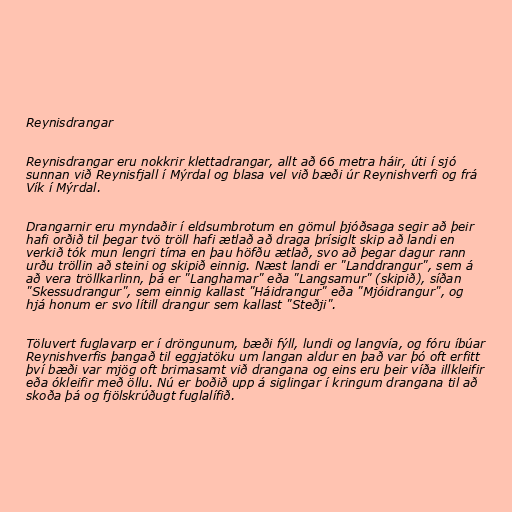
Reynisdrangar

Reynisdrangar eru nokkrir klettadrangar, allt að 66 metra háir, úti í sjó
sunnan við Reynisfjall í Mýrdal og blasa vel við bæði úr Reynishverfi og frá
Vík í Mýrdal.

Drangarnir eru myndaðir í eldsumbrotum en gömul þjóðsaga segir að þeir
hafi orðið til þegar tvö tröll hafi ætlað að draga þrísiglt skip að landi en
verkið tók mun lengri tíma en þau höfðu ætlað, svo að þegar dagur rann
urðu tröllin að steini og skipið einnig. Næst landi er "Landdrangur", sem á
að vera tröllkarlinn, þá er "Langhamar" eða "Langsamur" (skipið), síðan
"Skessudrangur", sem einnig kallast "Háidrangur" eða "Mjóidrangur", og
hjá honum er svo lítill drangur sem kallast "Steðji".

Töluvert fuglavarp er í dröngunum, bæði fýll, lundi og langvía, og fóru íbúar
Reynishverfis þangað til eggjatöku um langan aldur en það var þó oft erfitt
því bæði var mjög oft brimasamt við drangana og eins eru þeir víða illkleifir
eða ókleifir með öllu. Nú er boðið upp á siglingar í kringum drangana til að
skoða þá og fjölskrúðugt fuglalífið.